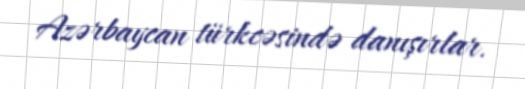
Azərbaycan türkcəsində danışırlar.